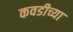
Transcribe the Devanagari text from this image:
कवडीच्या